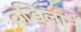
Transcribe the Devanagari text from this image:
वडिलानें